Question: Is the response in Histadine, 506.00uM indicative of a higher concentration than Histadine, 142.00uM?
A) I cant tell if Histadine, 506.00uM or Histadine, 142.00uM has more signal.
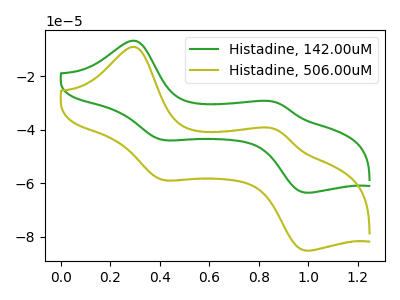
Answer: <think>The green curve "Histadine, 142.00uM" has anodic peaks at (0.30V, -6.85uA) (0.85V, -29.65uA) and cathodic peaks at (0.40V, -43.90uA) (1.00V, -63.50uA). The olive curve "Histadine, 506.00uM" has anodic peaks at (0.30V, -9.15uA) (0.85V, -39.70uA) and cathodic peaks at (0.40V, -58.85uA) (1.00V, -85.15uA).
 All the peaks in "Histadine, 506.00uM" have a peak in "Histadine, 142.00uM" at the same potential.</think>
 <answer>A) I cant tell if "Histadine, 506.00uM" or "Histadine, 142.00uM" has more signal.</answer>
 <eval>A</eval>